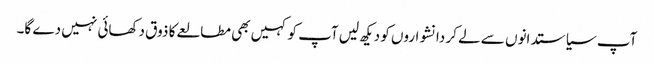
آپ سیاستدانوں سے لے کر دانشواروں کو دیکھ لیں آپ کو کہیں بھی مطالعے کا ذوق دکھائی نہیں دے گا۔